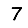
Digit: 7